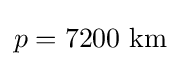
p=7200{\text{ km}}